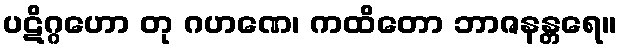
ပဋိဂ္ဂဟော တု ဂဟဏေ၊ ကထိတော ဘာဇနန္တရေ။